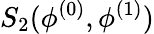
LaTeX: S_{2}(\phi^{(0)},\phi^{(1)})